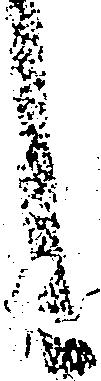
候